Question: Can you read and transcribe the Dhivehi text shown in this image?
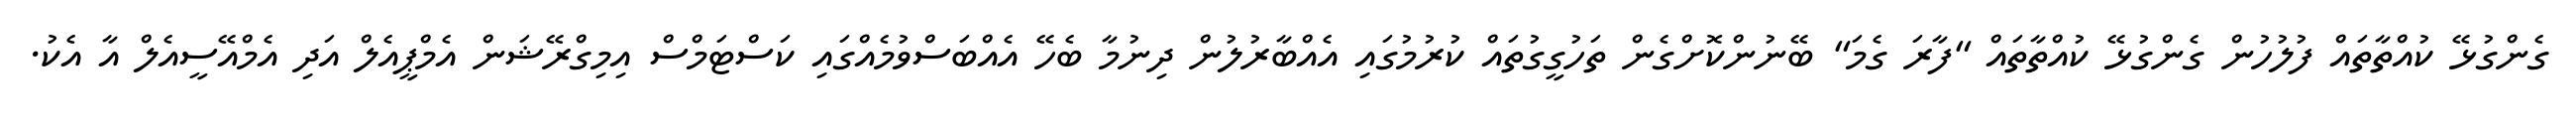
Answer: ގެންގުޅޭ ކުއްތާތައް ފުލުހުން ގެންގުޅޭ ކުއްތާތައް "ފާރަ ގެމަ" ބޭނުންކޮށްގެން ތަހުގީގުތައް ކުރުމުގައި އެއްބާރުލުން ދިނުމާ ބެހޭ އެއްބަސްވުމެއްގައި ކަސްޓަމްސް އިމިގްރޭޝަން އެމްޕީއެލް އަދި އެމްއޭސީއެލް އާ އެކު.